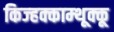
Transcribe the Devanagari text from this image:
किज्हक्काम्थूक्कू